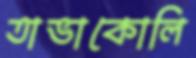
তাভাকোলি